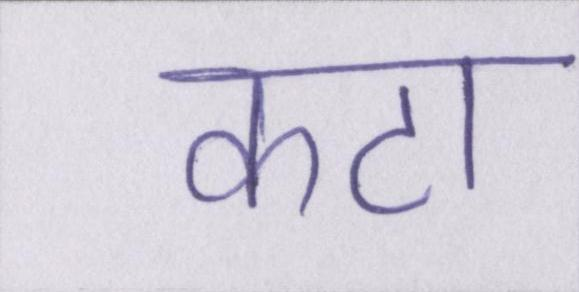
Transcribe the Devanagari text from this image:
कटा